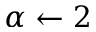
\alpha \gets 2